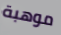
موهبة